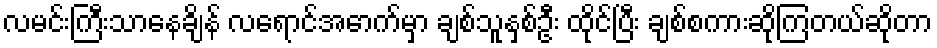
လမင်းကြီးသာနေချိန် လရောင်အောက်မှာ ချစ်သူနှစ်ဦး ထိုင်ပြီး ချစ်စကားဆိုကြတယ်ဆိုတာ